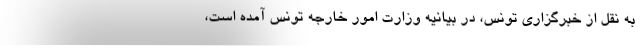
به نقل از خبرگزاری تونس، در بیانیه وزارت امور خارجه تونس آمده است،